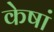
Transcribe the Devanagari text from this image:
केषां